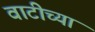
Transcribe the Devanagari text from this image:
वाटीच्या